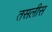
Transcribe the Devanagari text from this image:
तसलीस